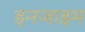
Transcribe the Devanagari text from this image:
इनजाइम